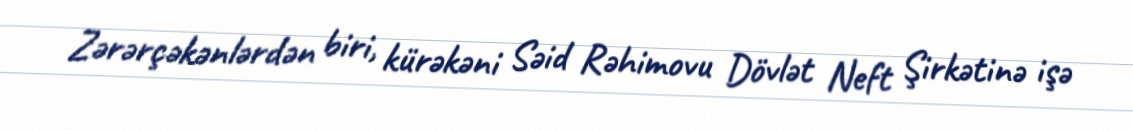
Zərərçəkənlərdən biri, kürəkəni Səid Rəhimovu Dövlət Neft Şirkətinə işə